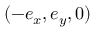
( - \boldsymbol { e } _ { x } , \boldsymbol { e } _ { y } , 0 )